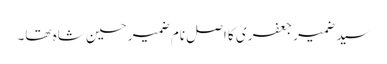
سید ضمیر جعفری کا اصل نام ضمیر حسین شاہ تھا۔